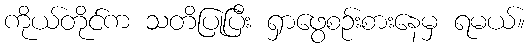
ကိုယ်တိုင်က သတိပြုပြီး ရှာဖွေစဉ်းစားနေမှ ရမယ်။